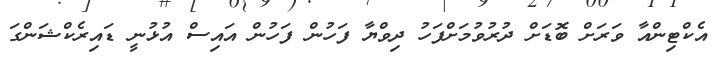
އެކްޓިންއާ ވަރަށް ބޮޑަށް ދުރުވުމަށްފަހު ދިވްޔާ ފަހުން ފަހުން އައިސް އުޅުނީ ޑައިރެކްޝަންގަ